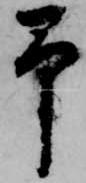
予